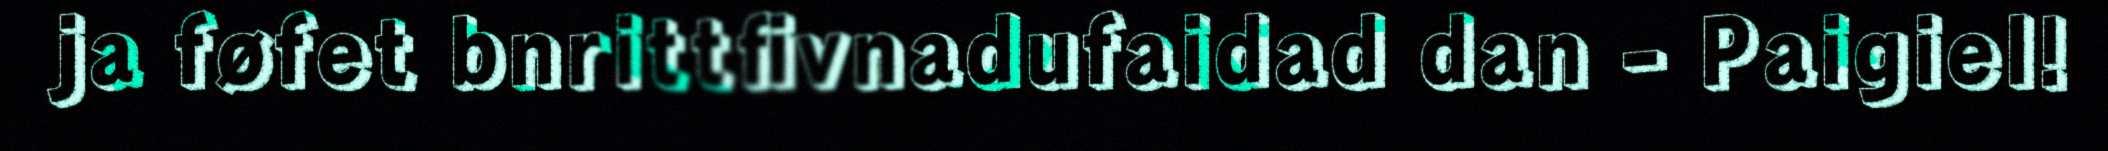
ja føfet bnrittfivnadufaidad dan - Paigiel!